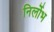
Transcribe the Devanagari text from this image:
निर्लोभ